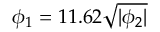
\phi _ { 1 } = 1 1 . 6 2 \sqrt { | \phi _ { 2 } | }